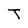
Character: T